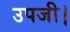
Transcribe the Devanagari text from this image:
उपजी।